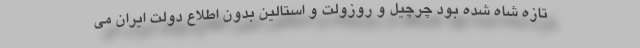
تازه شاه شده بود چرچیل و روزولت و استالین بدون اطلاع دولت ایران می